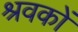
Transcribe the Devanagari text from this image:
श्रवकों